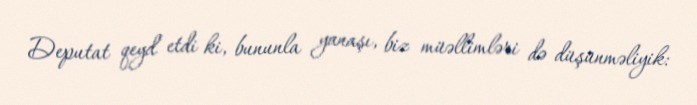
Deputat qeyd etdi ki, bununla yanaşı, biz müəllimləri də düşünməliyik: